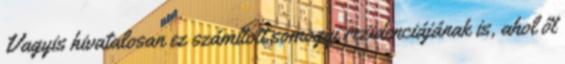
Vagyis hivatalosan ez számított somogyi rezidenciájának is, ahol őt